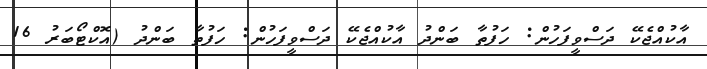
އާކުއްޖެކޭ ދަސްވީފަހުން: ހަފުތާ ބަންދު އާކުއްޖެކޭ ދަސްވީފަހުން: ހަފުތާ ބަންދު (އޮކްޓޯބަރު 16